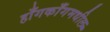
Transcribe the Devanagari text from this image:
हाँगकाँगमधील